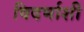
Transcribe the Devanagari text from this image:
विदर्भाशी